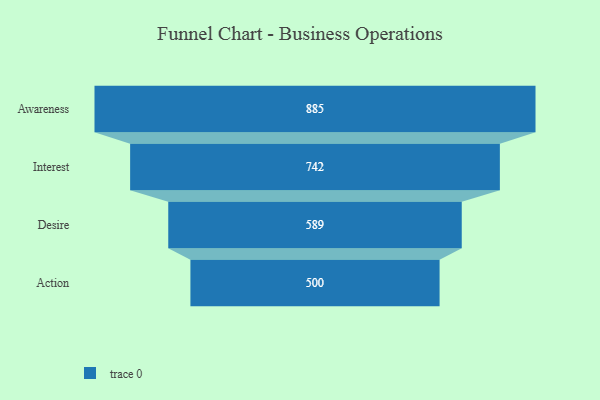
{"axis": {"x": "Stage", "y": "Value"}, "legend": [""], "data": [{"x": "Awareness", "y": 885.0, "type": ""}, {"x": "Interest", "y": 742.0, "type": ""}, {"x": "Desire", "y": 589.0, "type": ""}, {"x": "Action", "y": 500, "type": ""}]}